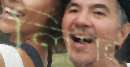
লিগই